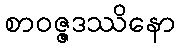
စာဝဇ္ဇဒဿိနော